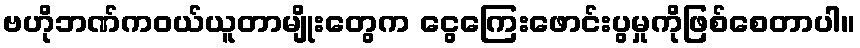
ဗဟိုဘဏ်ကဝယ်ယူတာမျိုးတွေက ငွေကြေးဖောင်းပွမှုကိုဖြစ်စေတာပါ။